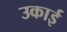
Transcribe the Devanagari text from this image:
उकाई